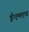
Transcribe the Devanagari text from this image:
ईएमएच